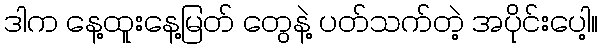
ဒါက နေ့ထူးနေ့မြတ် တွေနဲ့ ပတ်သက်တဲ့ အပိုင်းပေါ့။